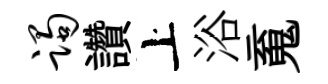
躅讚上浴䰟